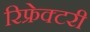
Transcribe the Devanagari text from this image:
रिफ्रेक्टरी